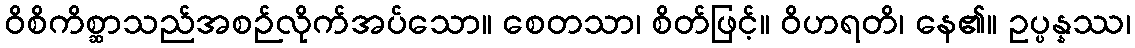
ဝိစိကိစ္ဆာသည်အစဉ်လိုက်အပ်သော။ စေတသာ၊ စိတ်ဖြင့်။ ဝိဟရတိ၊ နေ၏။ ဥပ္ပန္နဿ၊